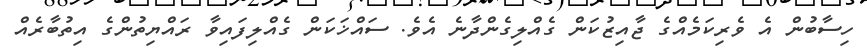
ހިސާބުން އެ ވެރިކަމެއްގެ ޖާއިޒުކަން ގެއްލިގެންދާނެ އެވެ. ސައްޚަކަން ގެއްލިފައިވާ ރައްޔިތުންގެ އިތުބާރެއް